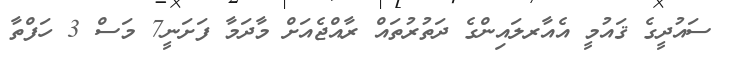
ސައުދީގެ ޤައުމީ އެއާރލައިންގެ ދަތުރުތައް ރާއްޖެއަށް މާދަމާ ފަށަނީ7 މަސް 3 ހަފްތާ